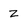
Character: z